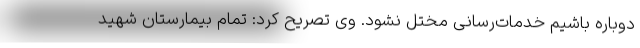
دوباره باشیم خدمات‌رسانی مختل نشود. وی تصریح کرد: تمام بیمارستان شهید